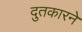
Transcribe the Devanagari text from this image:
दुतकारने